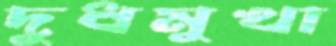
দুধমুখা